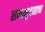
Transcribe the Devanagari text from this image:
समानुपाताचा